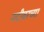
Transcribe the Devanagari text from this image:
नदीवरच्या